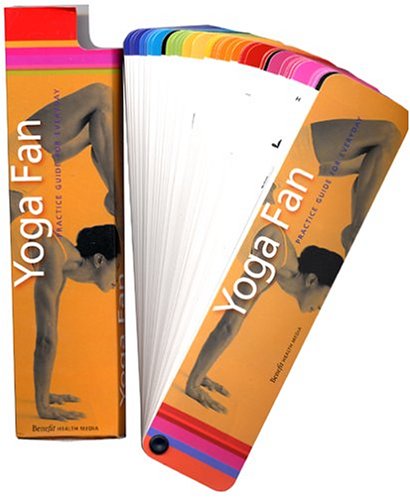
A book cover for Yoga Fan: Practice Guide For Everday; Jill Camera; Health, Fitness & Dieting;